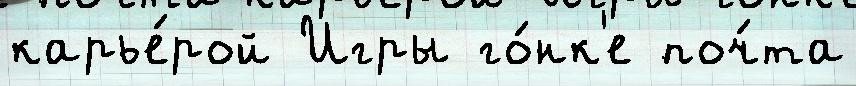
карье́рой Игры го́нк'е поч́та